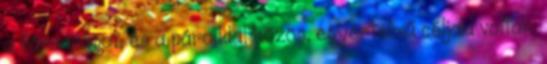
a fáradságot, és a pároddal közös, egyértelmű céljaid voltak.